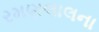
રમણલાલના